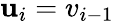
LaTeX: \mathbf{u}_{i}=v_{i-1}